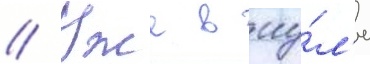
// Уже в иу́л'е